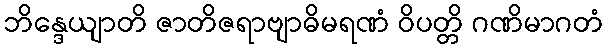
ဘိန္ဒေယျာတိ ဇာတိဇရာဗျာဓိမရဏံ ဝိပတ္တိ ဂဏိမာဂတံ